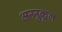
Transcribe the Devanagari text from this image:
अननुकूल